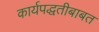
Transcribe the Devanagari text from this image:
कार्यपद्धतीबाबत